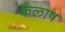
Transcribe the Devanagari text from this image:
कैलाष